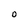
Character: O